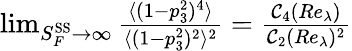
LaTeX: \begin{array}{r}{\operatorname*{lim}_{S_{F}^{\textrm{SS}}\rightarrow\infty}\frac{\langle(1-p_{3}^{2})^{4}\rangle}{\langle(1-p_{3}^{2})^{2}\rangle^{2}}=\frac{\mathcal{C}_{4}(Re_{\lambda})}{\mathcal{C}_{2}(Re_{\lambda})^{2}}}\end{array}